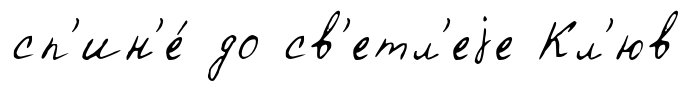
сп'ин'е́ до св'етл'еjе Кл'юв